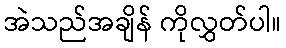
အဲသည်အချိန် ကိုလွှတ်ပါ။